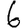
Digit: 6